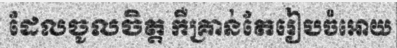
ដែលចូលចិត្ត កឺគ្រាន់តែរៀបចំអោយ